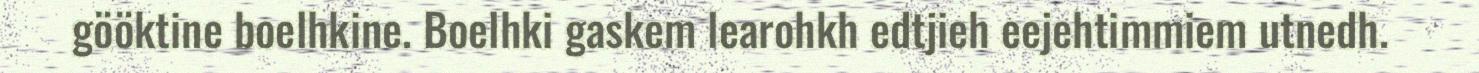
gööktine boelhkine. Boelhki gaskem learohkh edtjieh eejehtimmiem utnedh.